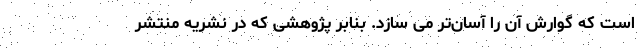
است که گوارش آن را آسان‌تر می سازد. بنابر پژوهشی که در نشریه منتشر